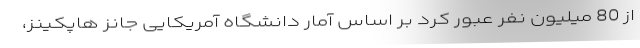
از 80 میلیون نفر عبور کرد بر اساس آمار دانشگاه آمریکایی جانز هاپکینز،